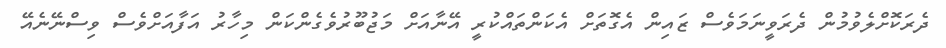
ދެރަކޮށްލެވުމުން ދެރަވީނަމަވެސް ޒައިން އެގޮތަށް އެކަންތައްކުރީ އޭނާއަށް މަޖުބޫރުވެގެންކަން މިހާރު އަފާއަށްވެސް ވިސްނޭނެއޭ